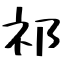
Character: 祁